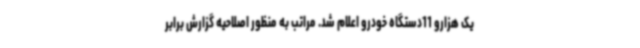
یک هزارو 11دستگاه خودرو اعلام شد. مراتب به منظور اصلاحیه گزارش برابر